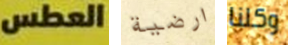
العطس ارضية وكلنا